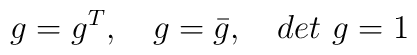
g=g^T, \quad g=\bar g, \quad det\,\,g=1